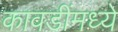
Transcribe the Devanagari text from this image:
कावडींमध्ये